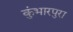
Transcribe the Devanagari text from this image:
कुंभारपुरा